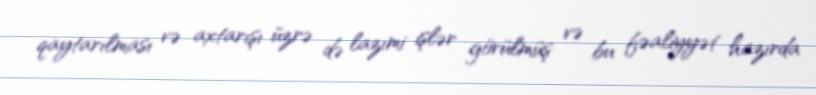
qaytarılması və axtarışı üzrə də lazımi işlər görülmüş və bu fəaliyyət hazırda